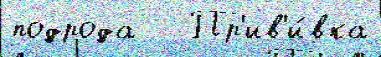
подрода   Пр'ив'и́вка